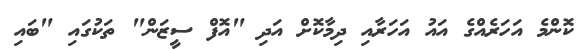
ކޮންމެ އަހަރެއްގެ އައު އަހަރާއި ދިމާކޮށް އަދި "އޮފް ސީޒަން" ތަކުގައި "ބައި